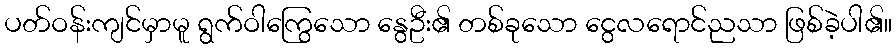
ပတ်ဝန်းကျင်မှာမူ ရွက်ဝါကြွေသော နွေဦး၏ တစ်ခုသော ငွေလရောင်ညသာ ဖြစ်ခဲ့ပါ၏။